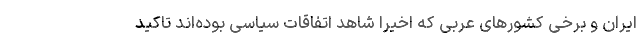
ایران و برخی کشورهای عربی که اخیرا شاهد اتفاقات سیاسی بوده‌اند تاکید